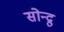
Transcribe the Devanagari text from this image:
सोन्द्रु